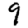
Digit: 9